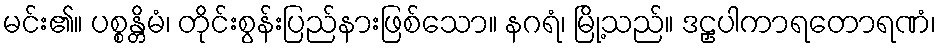
မင်း၏။ ပစ္စန္တိမံ၊ တိုင်းစွန်းပြည်နားဖြစ်သော။ နဂရံ၊ မြို့သည်။ ဒဠှပါကာရတောရဏံ၊